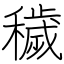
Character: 穢